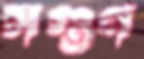
সগুণ